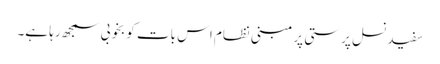
سفید نسل پرستی پر مبنی نظام اس بات کو بخوبی سمجھ رہا ہے۔